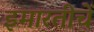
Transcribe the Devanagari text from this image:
इमारतीचें